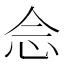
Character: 𫝹